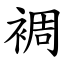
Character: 裯